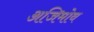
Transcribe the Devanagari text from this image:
अजिमोव